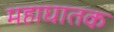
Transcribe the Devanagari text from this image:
महाघातक